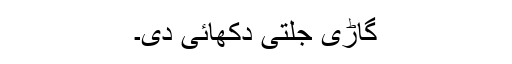
گاڑی جلتی دکھائی دی۔